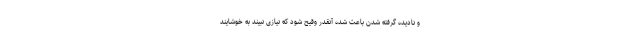
و نادیده گرفته شدن باعث شده آنقدر وقیح شود که نیازی نبیند به خوشایند